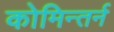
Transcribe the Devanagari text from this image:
कोमिन्तर्न